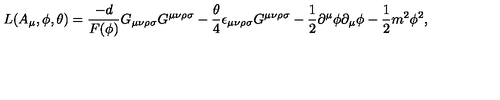
L ( A _ { \mu } , \phi , \theta ) = { \frac { - d } { F ( \phi ) } } G _ { \mu \nu \rho \sigma } G ^ { \mu \nu \rho \sigma } - { \frac { \theta } { 4 } } \epsilon _ { \mu \nu \rho \sigma } G ^ { \mu \nu \rho \sigma } - { \frac { 1 } { 2 } } \partial ^ { \mu } \phi \partial _ { \mu } \phi - { \frac { 1 } { 2 } } m ^ { 2 } \phi ^ { 2 } ,